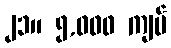
၂၁။ ၅,၀၀၀ ကျပ်